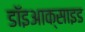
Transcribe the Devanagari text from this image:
डॉइआक्साइड